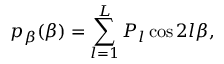
p _ { \beta } ( \beta ) = \sum _ { l = 1 } ^ { L } P _ { l } \cos 2 l \beta ,